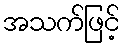
အသက်ဖြင့်